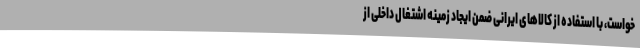
خواست، با استفاده از کالاهای ایرانی ضمن ایجاد زمینه اشتغال داخلی از